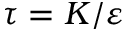
\tau = K / \varepsilon